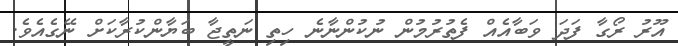
އޫރު ރޯގާ ފަދަ ވަބާއެއް ފެތުރުމުން ނުކުންނާނެ ހިތި ނަތީޖާ ބަޔާންކުރާކަށް ނޭގެއެވެ.